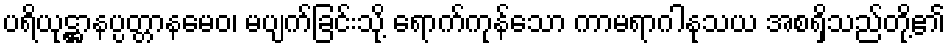
ပရိယုဋ္ဌာနပ္ပတ္တာနမေဝ၊ မပျက်ခြင်းသို့ ရောက်ကုန်သော ကာမရာဂါနုသယ အစရှိသည်တို့၏